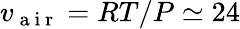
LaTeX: v_{\mathrm{~a~i~r~}}=RT/P\simeq 24